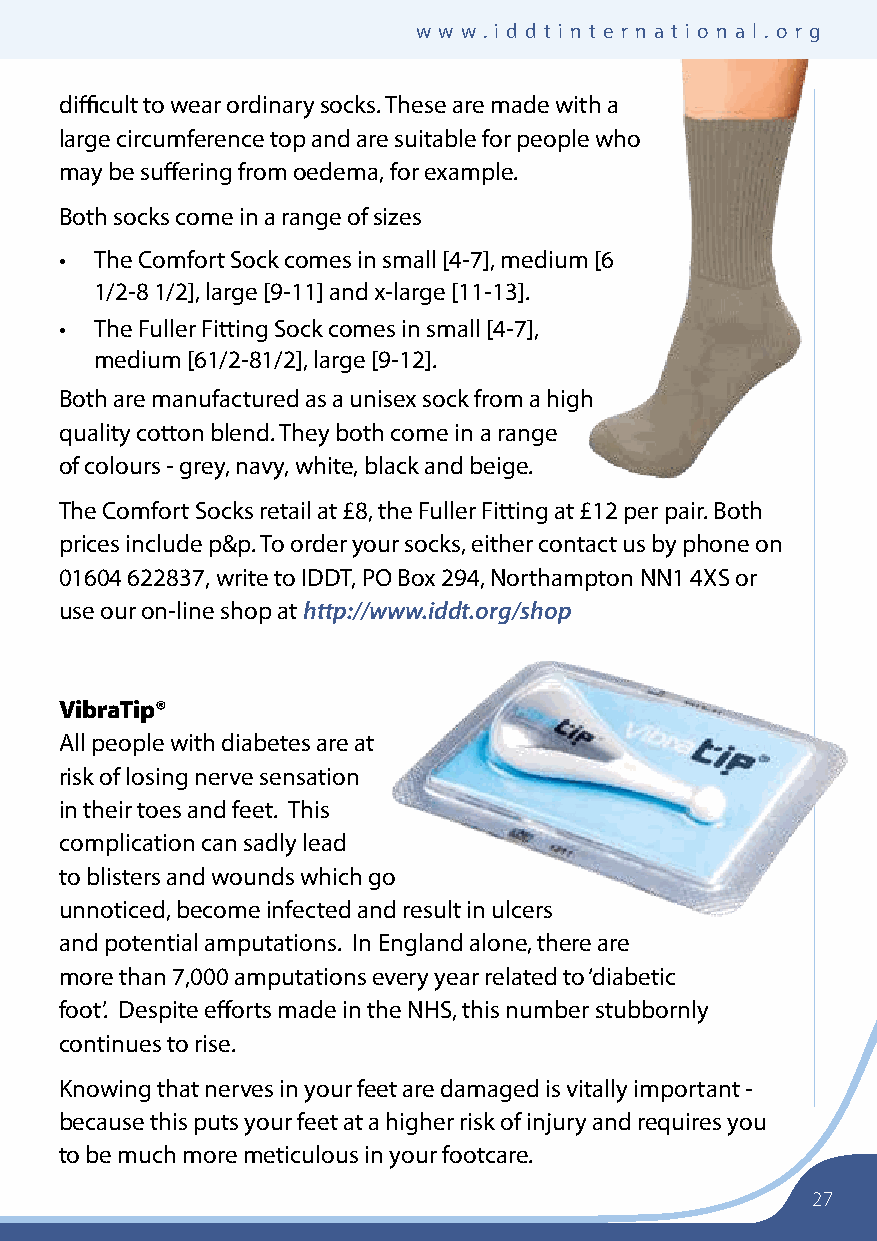
I n s u lI n D e p e nD e n t DI a b e t e s t r u s t wwwwww..iiddddttiinntteerrnnaattiioonnaall..oorrgg
 difficult to wear ordinary socks. These are made with a
 large circumference top and are suitable for people who
 may be suffering from oedema, for example.
 Both socks come in a range of sizes
 • The Comfort Sock comes in small [4-7], medium [6
 1/2-8 1/2], large [9-11] and x-large [11-13].
 • The Fuller Fitting Sock comes in small [4-7],
 medium [61/2-81/2], large [9-12].
 Both are manufactured as a unisex sock from a high
 quality cotton blend. They both come in a range
 of colours - grey, navy, white, black and beige.
 The Comfort Socks retail at £8, the Fuller Fitting at £12 per pair. Both
 prices include p&p. To order your socks, either contact us by phone on
 01604 622837, write to IDDT, PO Box 294, Northampton NN1 4XS or
 use our on-line shop at http://www.iddt.org/shop
 VibraTip®
 All people with diabetes are at
 risk of losing nerve sensation
 in their toes and feet. This
 complication can sadly lead
 to blisters and wounds which go
 unnoticed, become infected and result in ulcers
 and potential amputations. In England alone, there are
 more than 7,000 amputations every year related to ‘diabetic
 foot’. Despite efforts made in the NHS, this number stubbornly
 continues to rise.
 Knowing that nerves in your feet are damaged is vitally important -
 because this puts your feet at a higher risk of injury and requires you
 to be much more meticulous in your footcare.
 27